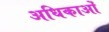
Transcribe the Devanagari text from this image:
अधिकाओं